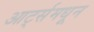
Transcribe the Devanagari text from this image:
आर्ट्समधून